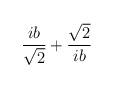
LaTeX: \begin{align*}\frac{i b}{\sqrt{2}} + \frac{\sqrt{2}}{i b}\end{align*}